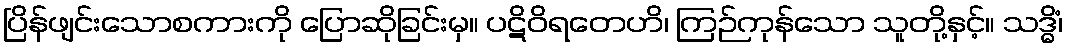
ပြိန်ဖျင်းသောစကားကို ပြောဆိုခြင်းမှ။ ပဋိဝိရတေဟိ၊ ကြဉ်ကုန်သော သူတို့နှင့်။ သဒ္ဓိံ၊